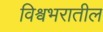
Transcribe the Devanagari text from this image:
विश्वभरातील